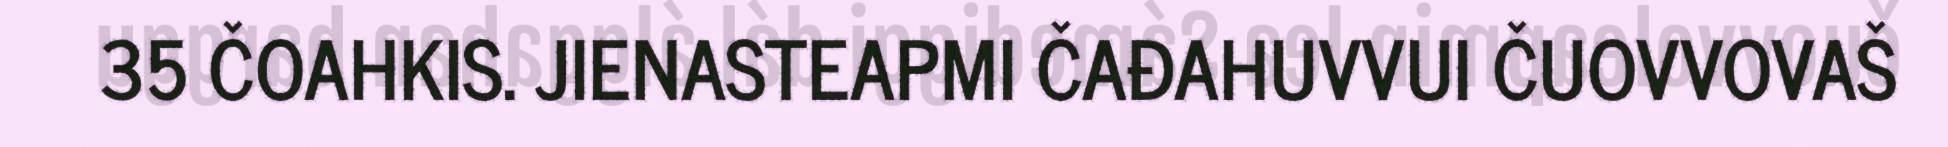
35 ČOAHKIS. JIENASTEAPMI ČAĐAHUVVUI ČUOVVOVAŠ